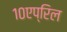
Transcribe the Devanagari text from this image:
१०एप्रिल